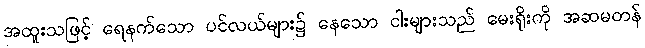
အထူးသဖြင့် ရေနက်သော ပင်လယ်များ၌ နေသော ငါးများသည် မေးရိုးကို အဆမတန်